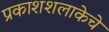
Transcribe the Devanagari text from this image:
प्रकाशशलाकेचे